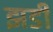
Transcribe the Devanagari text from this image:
झडी